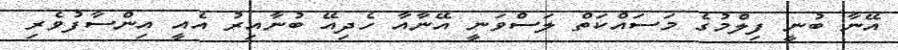
އޭނާ ބުނީ ފިލްމުގެ މަސައްކަތް ލަސްވަނީ އޭނާއާ ހެދިއޭ ބުނާއިރު އެއީ އިންސާފުވެރި